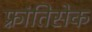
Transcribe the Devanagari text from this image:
फ़्रांतिसेक